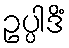
ဥပ္ပါဒိံ